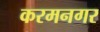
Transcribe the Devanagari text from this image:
करमनगर